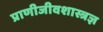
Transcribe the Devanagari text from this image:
प्राणीजीवशास्त्रज्ञ